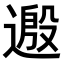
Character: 𫐺